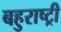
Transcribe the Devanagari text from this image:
बहुराष्ट्री